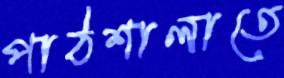
পাঠশালাতে